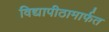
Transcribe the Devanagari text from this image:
विद्यापीठामार्फत